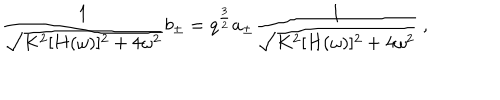
{ \frac { 1 } { \sqrt { K ^ { 2 } [ H ( \omega ) ] ^ { 2 } + 4 \omega ^ { 2 } } } } b _ { \pm } = q ^ { \frac { 3 } { 2 } } a _ { \pm } { \frac { 1 } { \sqrt { K ^ { 2 } [ H ( \omega ) ] ^ { 2 } + 4 \omega ^ { 2 } } } } \ ,